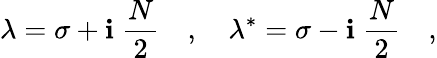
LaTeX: \lambda=\sigma+\mathbf{i}\; \frac{{N}}{{2}}\quad,\quad\lambda^{*}=\sigma-\mathbf{i}\; \frac{{N}}{{2}}\quad,